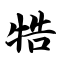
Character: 牿